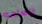
العامه